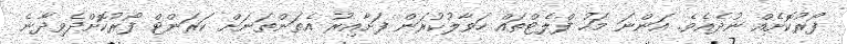
ފޯރުކޮށެއް ނުދެއެވެ. އަންނަ މަހު ފްލެޓްތައް ހަވާލުކުރަން ފަށާއިރު އެތަންތަނަށް ކަރަންޓް ފޯރުކޮށްދެވިދާނެ